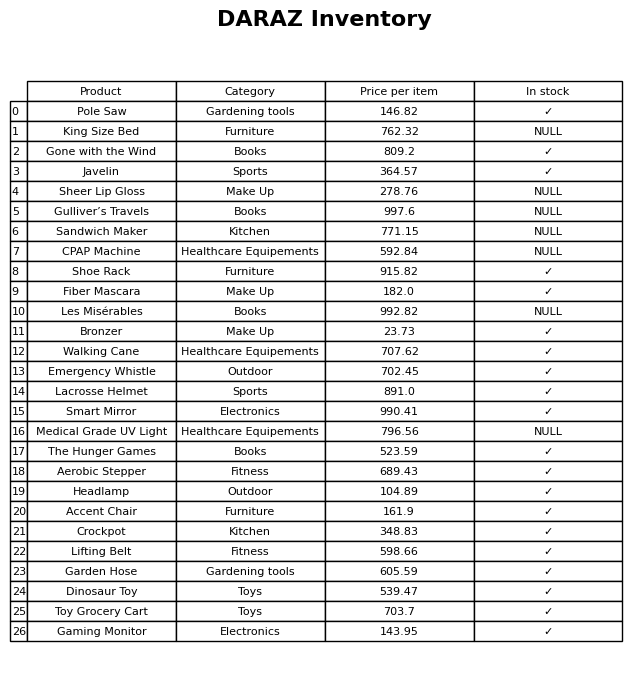
question: Is the Aerobic Stepper in stock?
answer: ✓